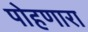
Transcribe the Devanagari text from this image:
पोहणारा